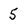
Character: 5